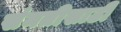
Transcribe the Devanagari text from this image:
संमतीसाठी